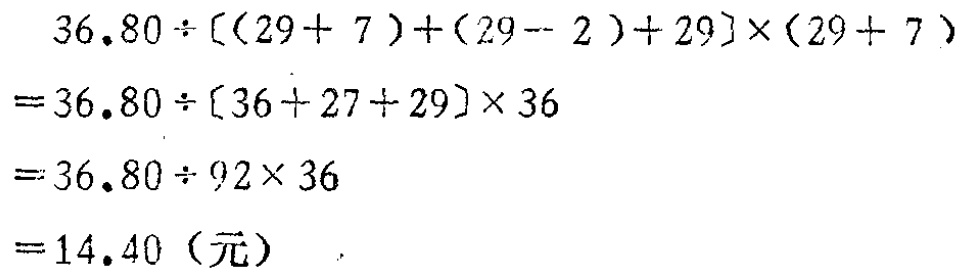
\[
\begin{align*}
&36.80\div[(29 + 7)+(29 - 2)+29]\times(29 + 7)\\
=&36.80\div[36 + 27+29]\times36\\
=&36.80\div92\times36\\
=&14.40 \text{（元）}
\end{align*}
\]